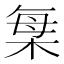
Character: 𣒫